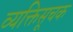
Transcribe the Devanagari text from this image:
व्यक्तिसूचक